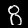
Digit: 8